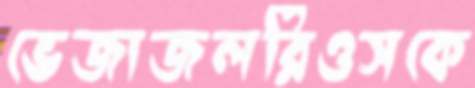
ভেজাজলরিওসকে